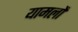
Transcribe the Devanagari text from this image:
यामलों